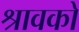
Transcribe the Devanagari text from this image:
श्रावको